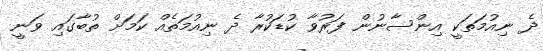
ދެ ނިއުމަތަކީ އިންސާނުން ފަރުވާ ކުޑަކުރާ ދެ ނިއުމަތެއް ކަމަށް ތުބާގައި ވަނީ